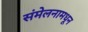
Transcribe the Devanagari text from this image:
संमेलनामधून